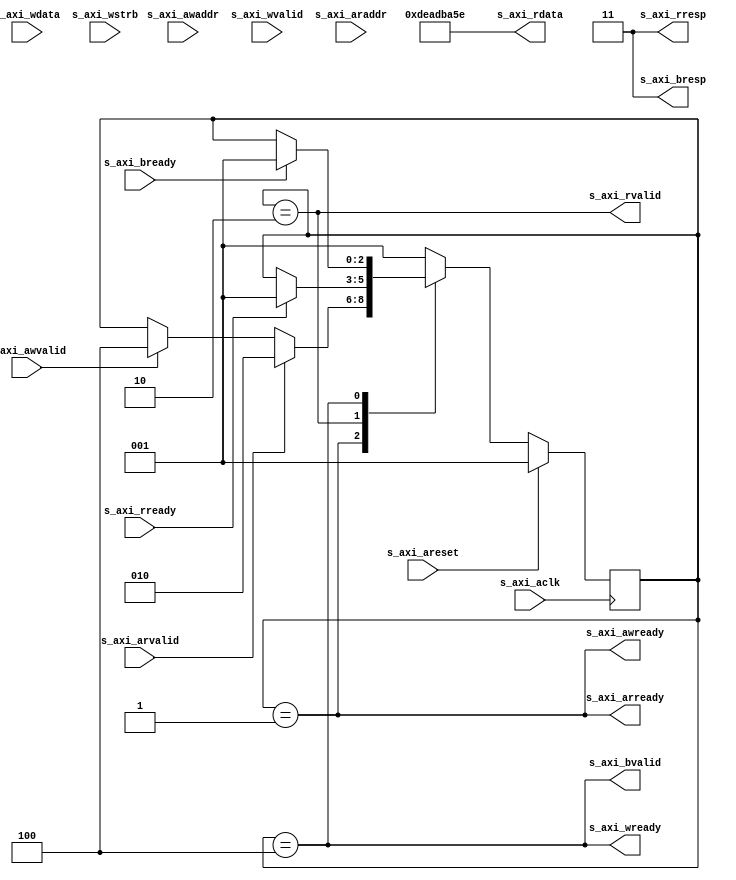
//
// Copyright 2015 Ettus Research
//

module axi_dummy
(
  // sys connect
  input         s_axi_aclk,
  input         s_axi_areset,

  // axi4 lite slave port
  input [31:0]  s_axi_awaddr,
  input         s_axi_awvalid,
  output        s_axi_awready,

  input [31:0]  s_axi_wdata,
  input [3:0]   s_axi_wstrb,
  input         s_axi_wvalid,
  output        s_axi_wready,

  output [1:0]  s_axi_bresp,
  output        s_axi_bvalid,
  input         s_axi_bready,

  input [31:0]  s_axi_araddr,
  input         s_axi_arvalid,
  output        s_axi_arready,

  output [31:0] s_axi_rdata,
  output [1:0]  s_axi_rresp,
  output        s_axi_rvalid,
  input         s_axi_rready
);
  parameter DEC_ERR = 1'b1;

  localparam IDLE              = 3'b001;
  localparam READ_IN_PROGRESS  = 3'b010;
  localparam WRITE_IN_PROGRESS = 3'b100;

  reg [2:0] state;

  always @ (posedge s_axi_aclk) begin
    if (s_axi_areset) begin
      state <= IDLE;
    end
    else case (state)

    IDLE: begin
      if (s_axi_arvalid)
        state <= READ_IN_PROGRESS;
      else if (s_axi_awvalid)
        state <= WRITE_IN_PROGRESS;
    end

    READ_IN_PROGRESS: begin
      if (s_axi_rready)
        state <= IDLE;
    end

    WRITE_IN_PROGRESS: begin
      if (s_axi_bready)
        state <= IDLE;
    end

    default: begin
      state <= IDLE;
    end

    endcase
  end

  assign s_axi_awready = (state == IDLE);
  assign s_axi_wready  = (state == WRITE_IN_PROGRESS);
  assign s_axi_bvalid  = (state == WRITE_IN_PROGRESS);

  assign s_axi_arready = (state == IDLE);
  assign s_axi_rdata = 32'hdead_ba5e;
  assign s_axi_rvalid  = (state == READ_IN_PROGRESS);
  assign s_axi_rresp = DEC_ERR ? 2'b11 : 2'b00;
  assign s_axi_bresp = DEC_ERR ? 2'b11 : 2'b00;

endmodule